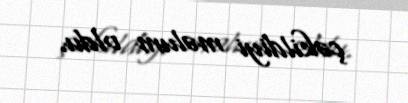
çəkildiyi məlum oldu.